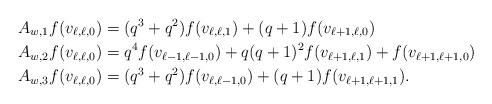
LaTeX: \begin{align*}&A_{w,1}f(v_{\ell,\ell,0})=(q^3+q^2)f(v_{\ell,\ell,1})+(q+1)f(v_{\ell+1,\ell,0})\\&A_{w,2}f(v_{\ell,\ell,0})=q^4f(v_{\ell-1,\ell-1,0})+q(q+1)^2f(v_{\ell+1,\ell,1})+f(v_{\ell+1,\ell+1,0})\\&A_{w,3}f(v_{\ell,\ell,0})=(q^3+q^2)f(v_{\ell,\ell-1,0})+(q+1)f(v_{\ell+1,\ell+1,1}).\end{align*}